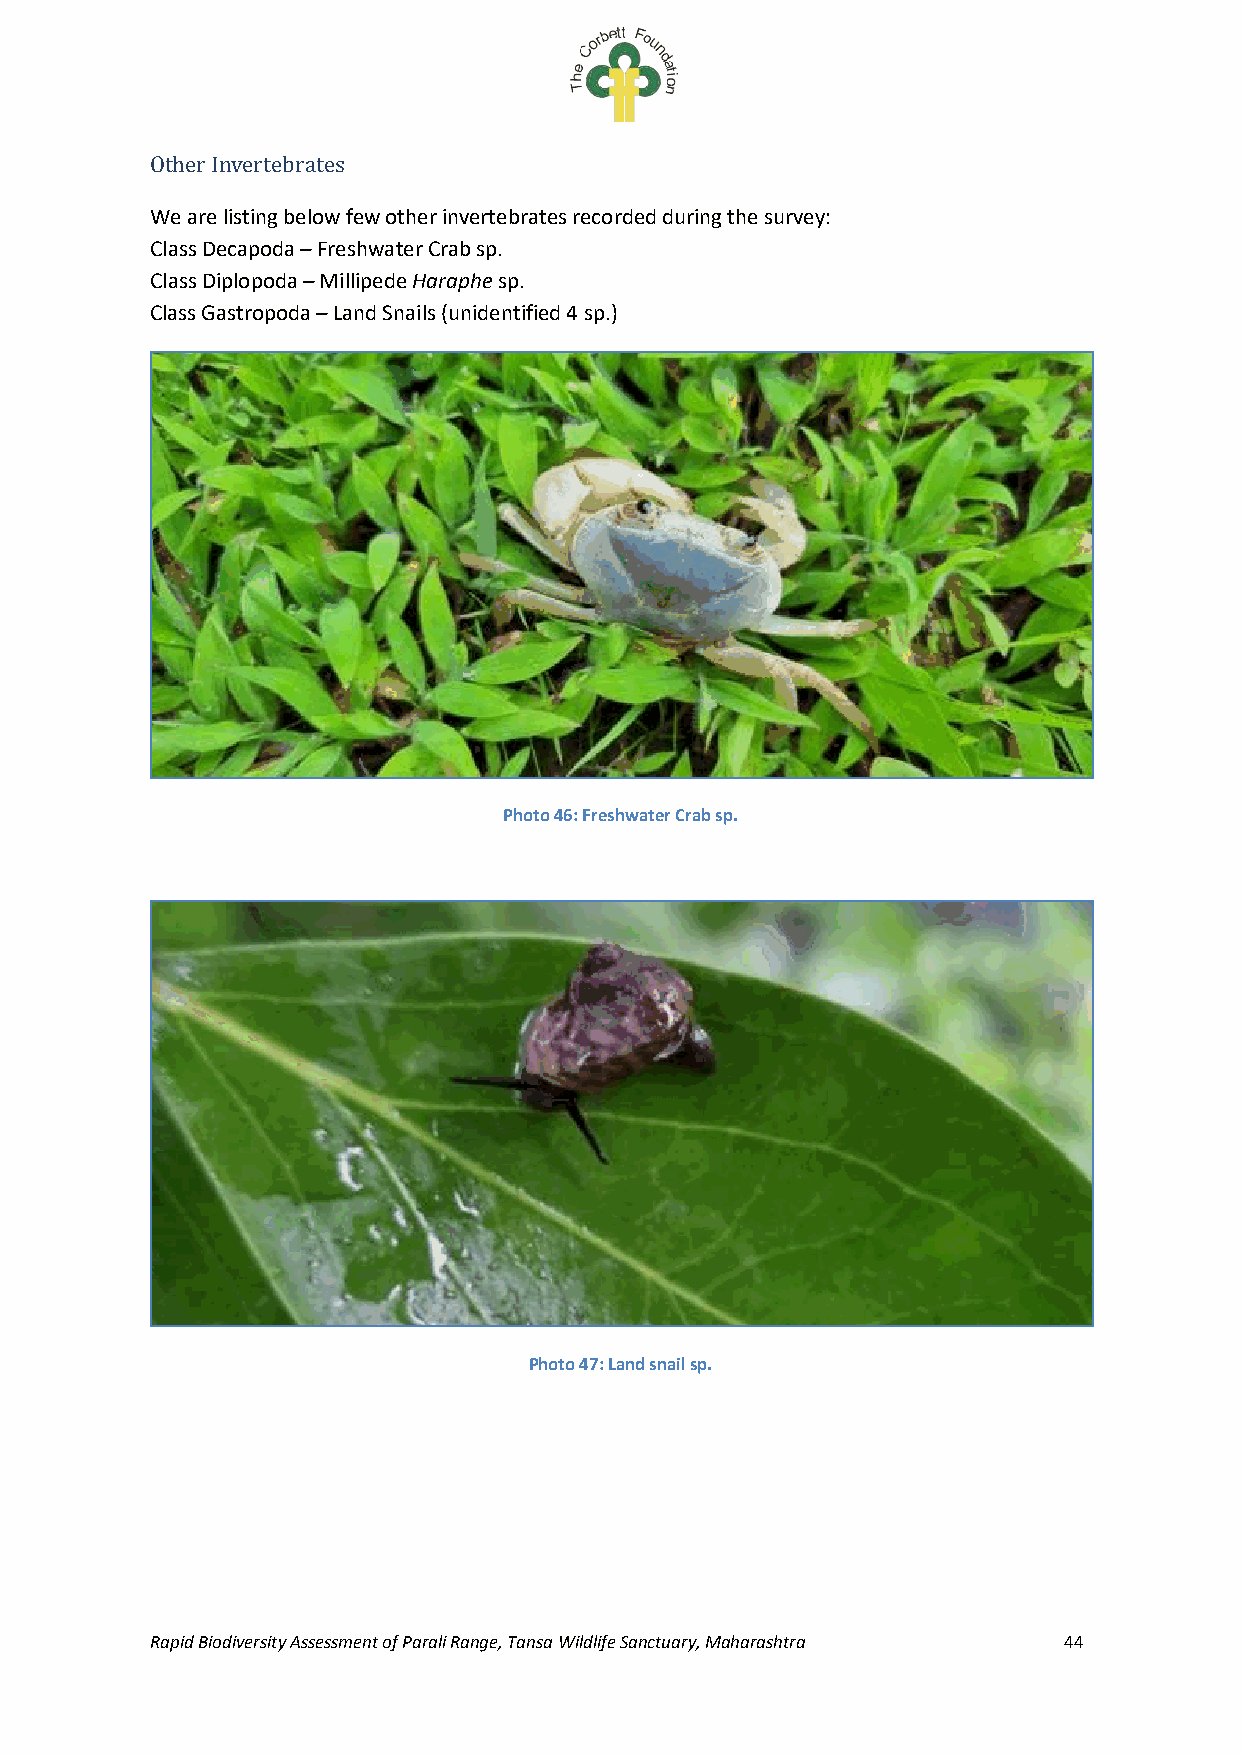
Other Invertebrates
 We are listing below few other invertebrates recorded during the survey:
 Class Decapoda – Freshwater Crab sp.
 Class Diplopoda – Millipede Haraphe sp.
 Class Gastropoda – Land Snails (unidentified 4 sp.)
 Photo 46: Freshwater Crab sp.
 Photo 47: Land snail sp.
 Rapid Biodiversity Assessment of Parali Range, Tansa Wildlife Sanctuary, Maharashtra 44